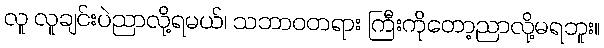
လူ လူချင်းပဲညာလို့ရမယ်၊ သဘာဝတရား ကြီးကိုတော့ညာလို့မရဘူး။